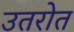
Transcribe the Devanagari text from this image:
उतरोत